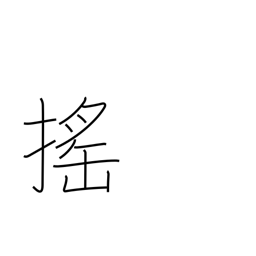
Meaning: shake